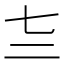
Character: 𰁕